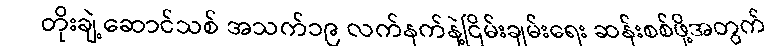
တိုးချဲ့ဆောင်သစ် အသက်၁၉ လက်နက်နဲ့ငြိမ်းချမ်းရေး ဆန်းစစ်ဖို့အတွက်